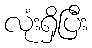
လုံးရှိပြီး